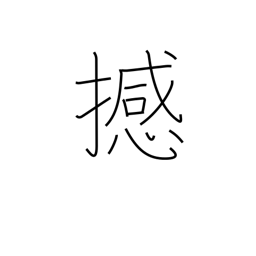
Meaning: move